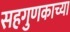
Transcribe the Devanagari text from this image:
सहगुणकाच्या